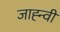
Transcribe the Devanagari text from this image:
जाह्न्वी